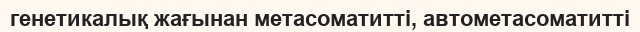
генетикалық жағынан метасоматитті, автометасоматитті